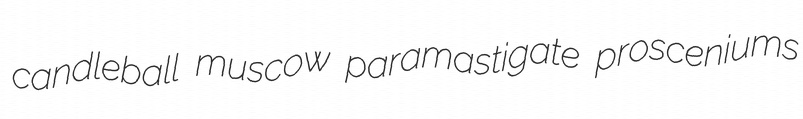
candleball muscow paramastigate prosceniums